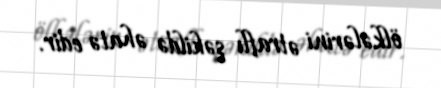
ölkələrini ətraflı şəkildə əhatə edir.